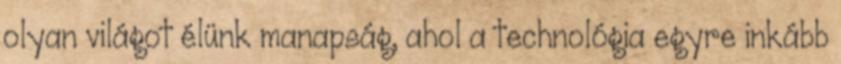
olyan világot élünk manapság, ahol a technológia egyre inkább